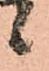
候